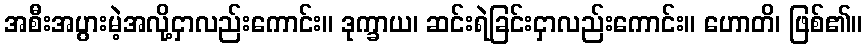
အစီးအပွားမဲ့အလို့ငှာလည်းကောင်း။ ဒုက္ခာယ၊ ဆင်းရဲခြင်းငှာလည်းကောင်း။ ဟောတိ၊ ဖြစ်၏။